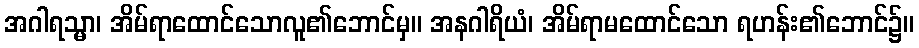
အဂါရသ္မာ၊ အိမ်ရာထောင်သောလူ၏ဘောင်မှ။ အနဂါရိယံ၊ အိမ်ရာမထောင်သော ရဟန်း၏ဘောင်၌။